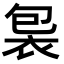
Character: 𧙘